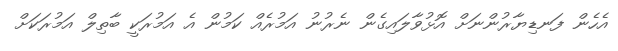
އެހެން ފަނޑިޔާރުންނަށް އޮޅުވާލައިގެން ނެރުނު އަމުރެއް ކަމުން އެ އަމުރަކީ ބާތިލް އަމުރަކަށް